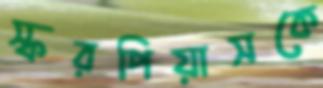
স্করপিয়াসকে